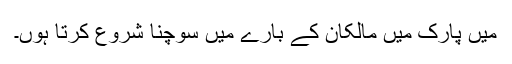
میں پارک میں مالکان کے بارے میں سوچنا شروع کرتا ہوں۔